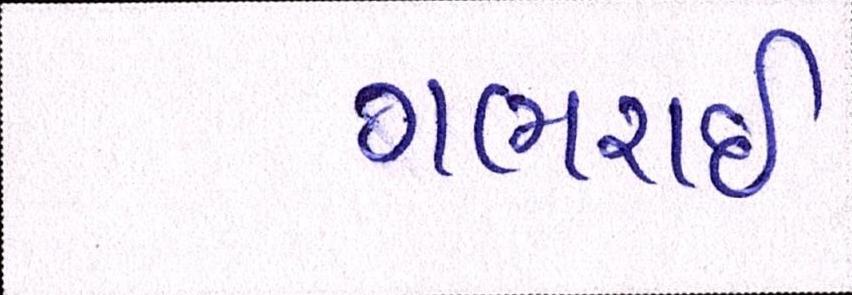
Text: ગભરાઇ